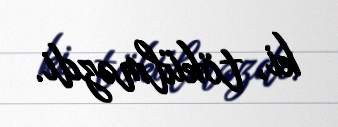
ki, tökülməzdi.